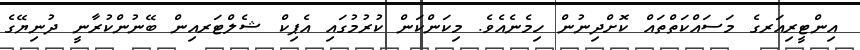
އިންޓީރިއަރގެ މަސައްކަތްތައް ކޮށްދިނުން ހިމެނެއެވެ. މިކަންކަން ކުރުމުގައި އެޕިކް ޝެލްޓަރއިން ބޭނުންކުރާނީ ދުނިޔޭގެ